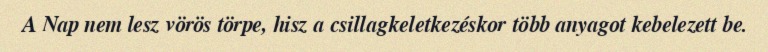
A Nap nem lesz vörös törpe, hisz a csillagkeletkezéskor több anyagot kebelezett be.